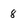
Character: 8